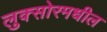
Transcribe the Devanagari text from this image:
लुक्सोरमधील